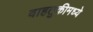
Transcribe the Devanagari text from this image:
वाहतुकीमध्ये